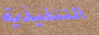
التنفيذية